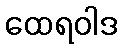
ထေရဝါဒ